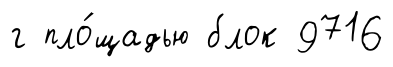
г пло́щадью блок 9716